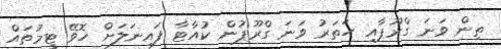
ތިން ވަނަ ގްރޫޕާއި ހަތަރު ވަނަ ގްރޫޕުން ކުއާޓާ ފައިނަލަށް ހޮވޭ ޓީމުތައް